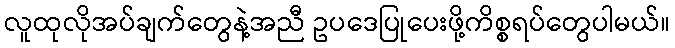
လူထုလိုအပ်ချက်တွေနဲ့အညီ ဥပဒေပြုပေးဖို့ကိစ္စရပ်တွေပါမယ်။